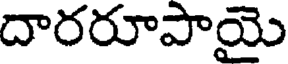
దారరూపాయై